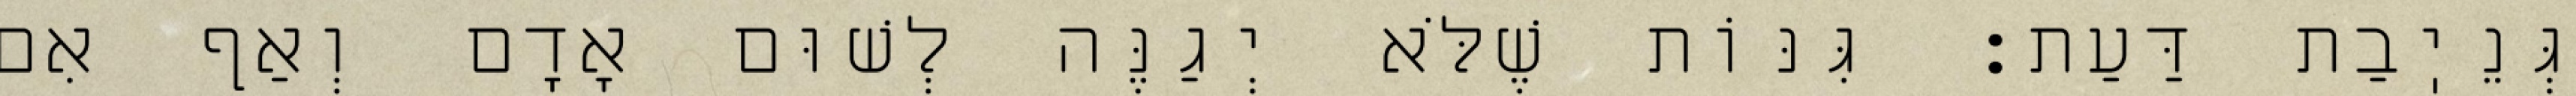
גְּנֵיֽבַת דַּעַת: גִּנּוֹת שֶׁלֹּא יְגַנֶּה לְשׁוּם אָדָם וְאַף אִם